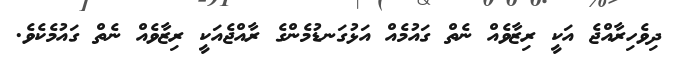
ދިވެހިރާއްޖެ އަކީ ރިޒާވެއް ނެތް ގައުމެއް އަޅުގަނޑުމެންގެ ރާއްޖެއަކީ ރިޒާވެއް ނެތް ގައުމެކެވެ.